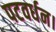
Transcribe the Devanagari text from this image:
पटवर्धन।